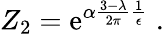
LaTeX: Z_{2}=\mathrm{e}^{\alpha\frac{{3-\lambda}}{{2\pi}}\frac{{1}}{{\epsilon}}}\; .